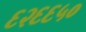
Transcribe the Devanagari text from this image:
६२६६५०